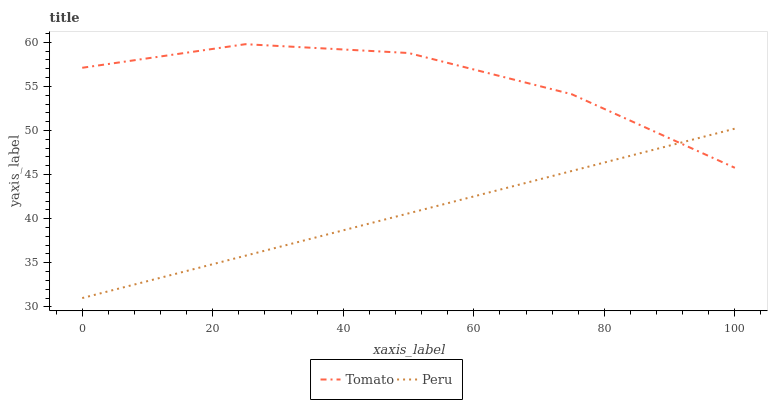
| xaxis_label | Tomato | Peru |
 | --- | --- | --- |
 | 0 | 57.1 | 31 |
 | 25 | 59.8 | 35.8 |
 | 50 | 58.8 | 40.6 |
 | 75 | 54.1 | 45.4 |
 | 100 | 45.8 | 50.2 |